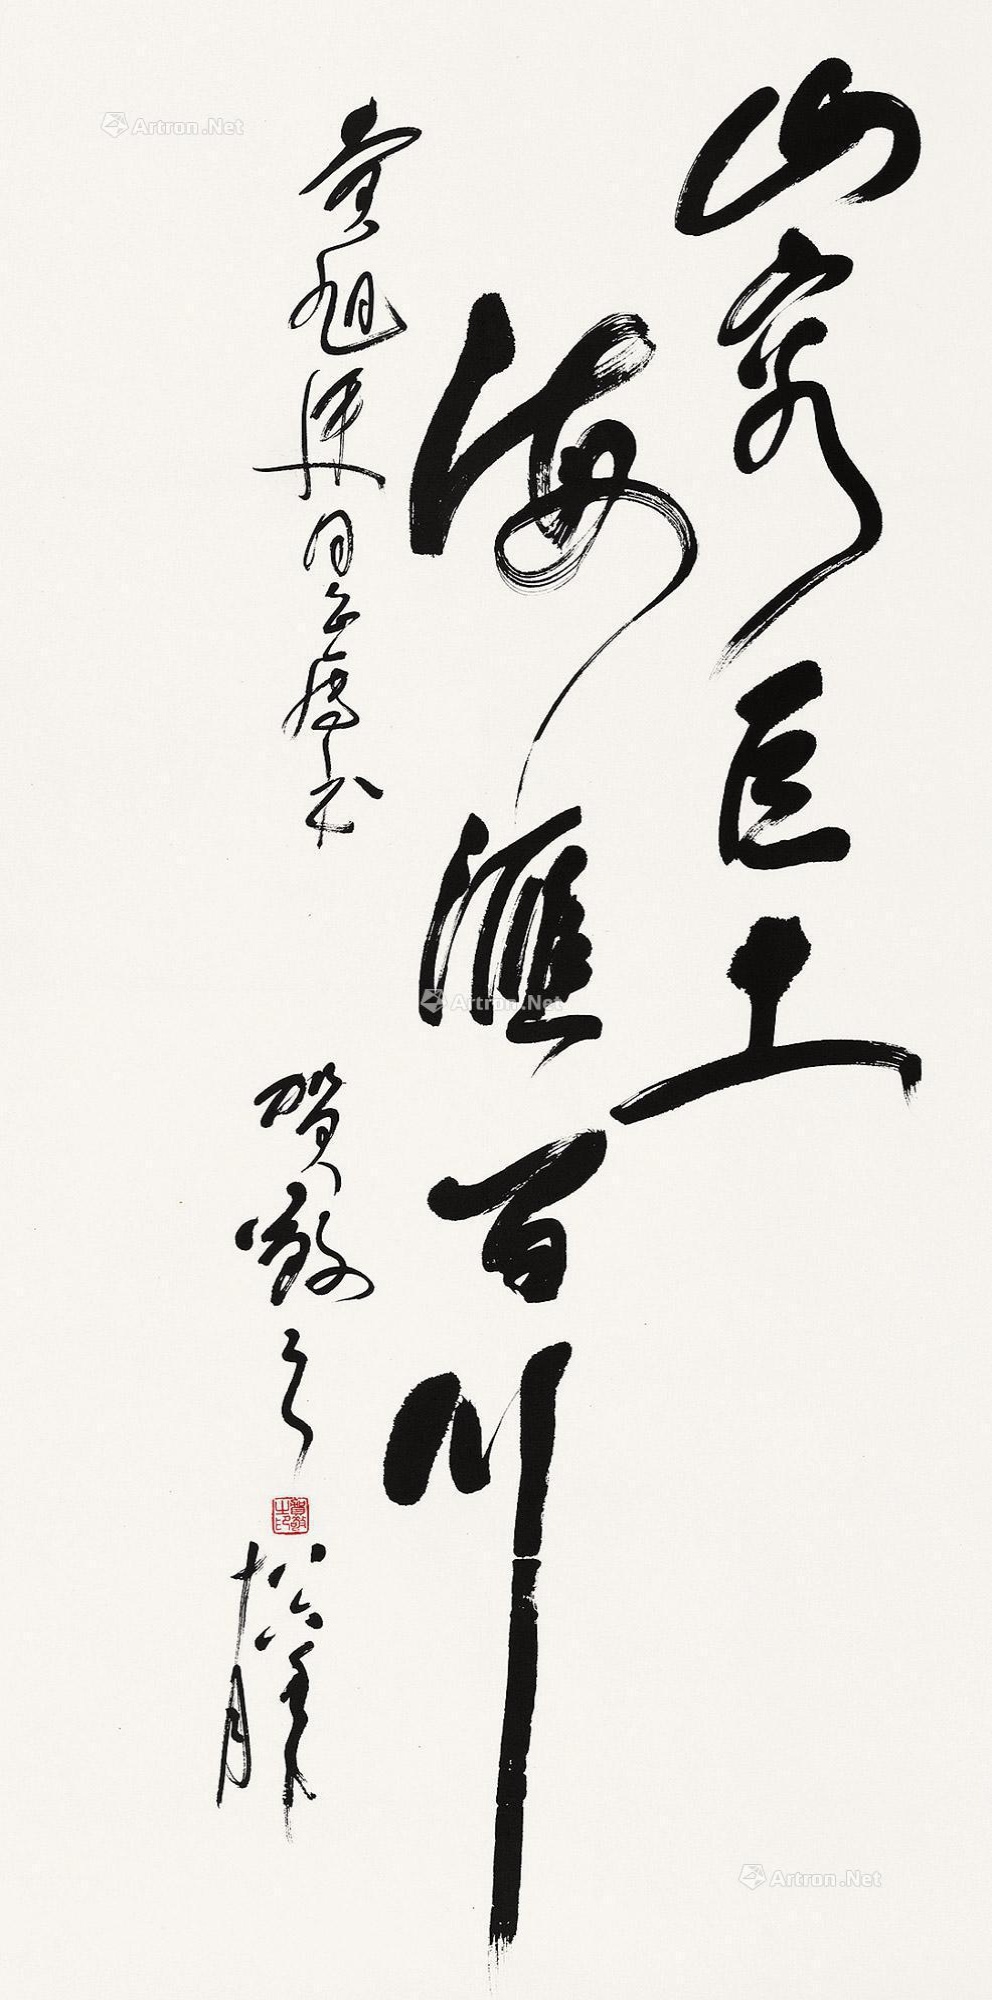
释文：山容巨土，海汇百川。黄旭廷同志属书，贺敬之八六年十月。